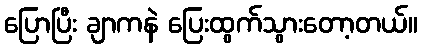
ပြောပြီး ချာကနဲ ပြေးထွက်သွားတော့တယ်။